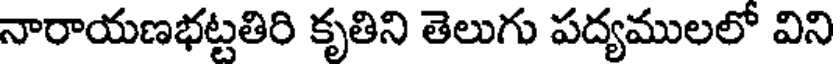
నారాయణభట్టతిరి కృతిని తెలుగు పద్యములలో విని